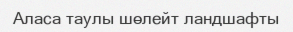
Аласа таулы шөлейт ландшафты